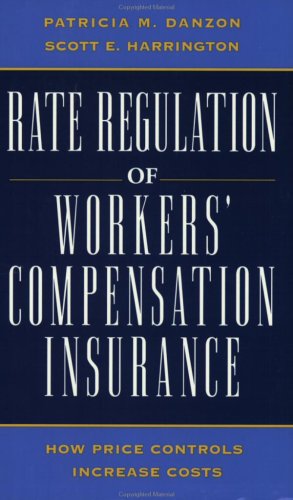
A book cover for Rate Regulation of Worker's Compensation Insurance: How Price Controls Increaee Cost; Patricia M. Danson; Business & Money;